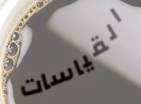
القياسات